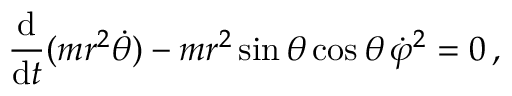
{ \frac { \mathrm { d } } { \mathrm { d } t } } ( m r ^ { 2 } { \dot { \theta } } ) - m r ^ { 2 } \sin \theta \cos \theta \, { \dot { \varphi } } ^ { 2 } = 0 \, ,